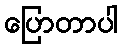
ပြောတာပါ